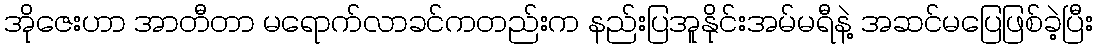
အိုဇေးဟာ အာတီတာ မရောက်လာခင်ကတည်းက နည်းပြအူနိုင်းအမ်မရီနဲ့ အဆင်မပြေဖြစ်ခဲ့ပြီး